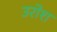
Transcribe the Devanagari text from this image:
उरोश